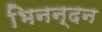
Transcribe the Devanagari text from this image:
भिनन्दन